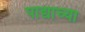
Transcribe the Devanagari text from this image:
पाद्याच्या